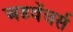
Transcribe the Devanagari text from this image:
अडवेंचर्स